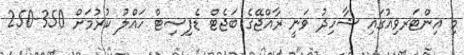
މި އިންޓަރވިއުގައި ޝާހިދު ވަނީ ރާއްޖޭގެ ބަޖެޓް ޑެފިސިޓް ހައްލު ކުރުމަށް 350-250